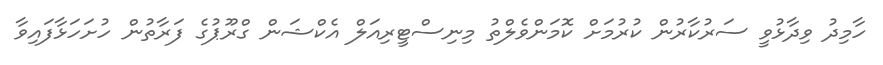
ހާމިދު ވިދާޅުވީ ސަރުކާރުން ކުރުމަށް ކޮމަންވެލްތު މިނިސްޓީރިއަލް އެކްޝަން ގްރޫޕުގެ ފަރާތުން ހުށަހަޅާފައިވާ